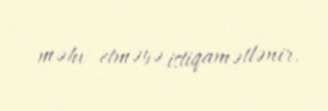
məhv etməyə istiqamətlənir.